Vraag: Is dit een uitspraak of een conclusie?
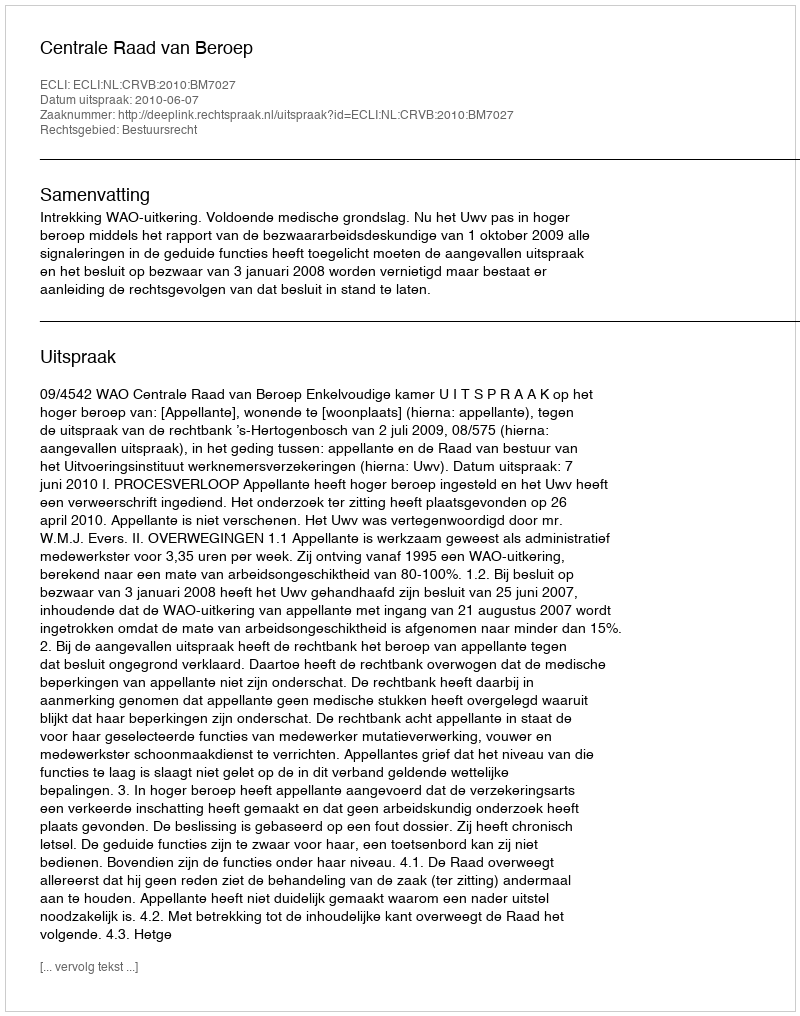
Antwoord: Uitspraak